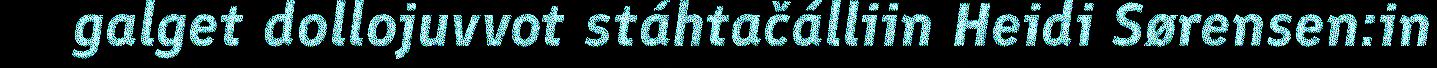
galget dollojuvvot stáhtačálliin Heidi Sørensen:in